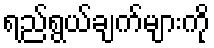
ရည်ရွယ်ချက်များကို